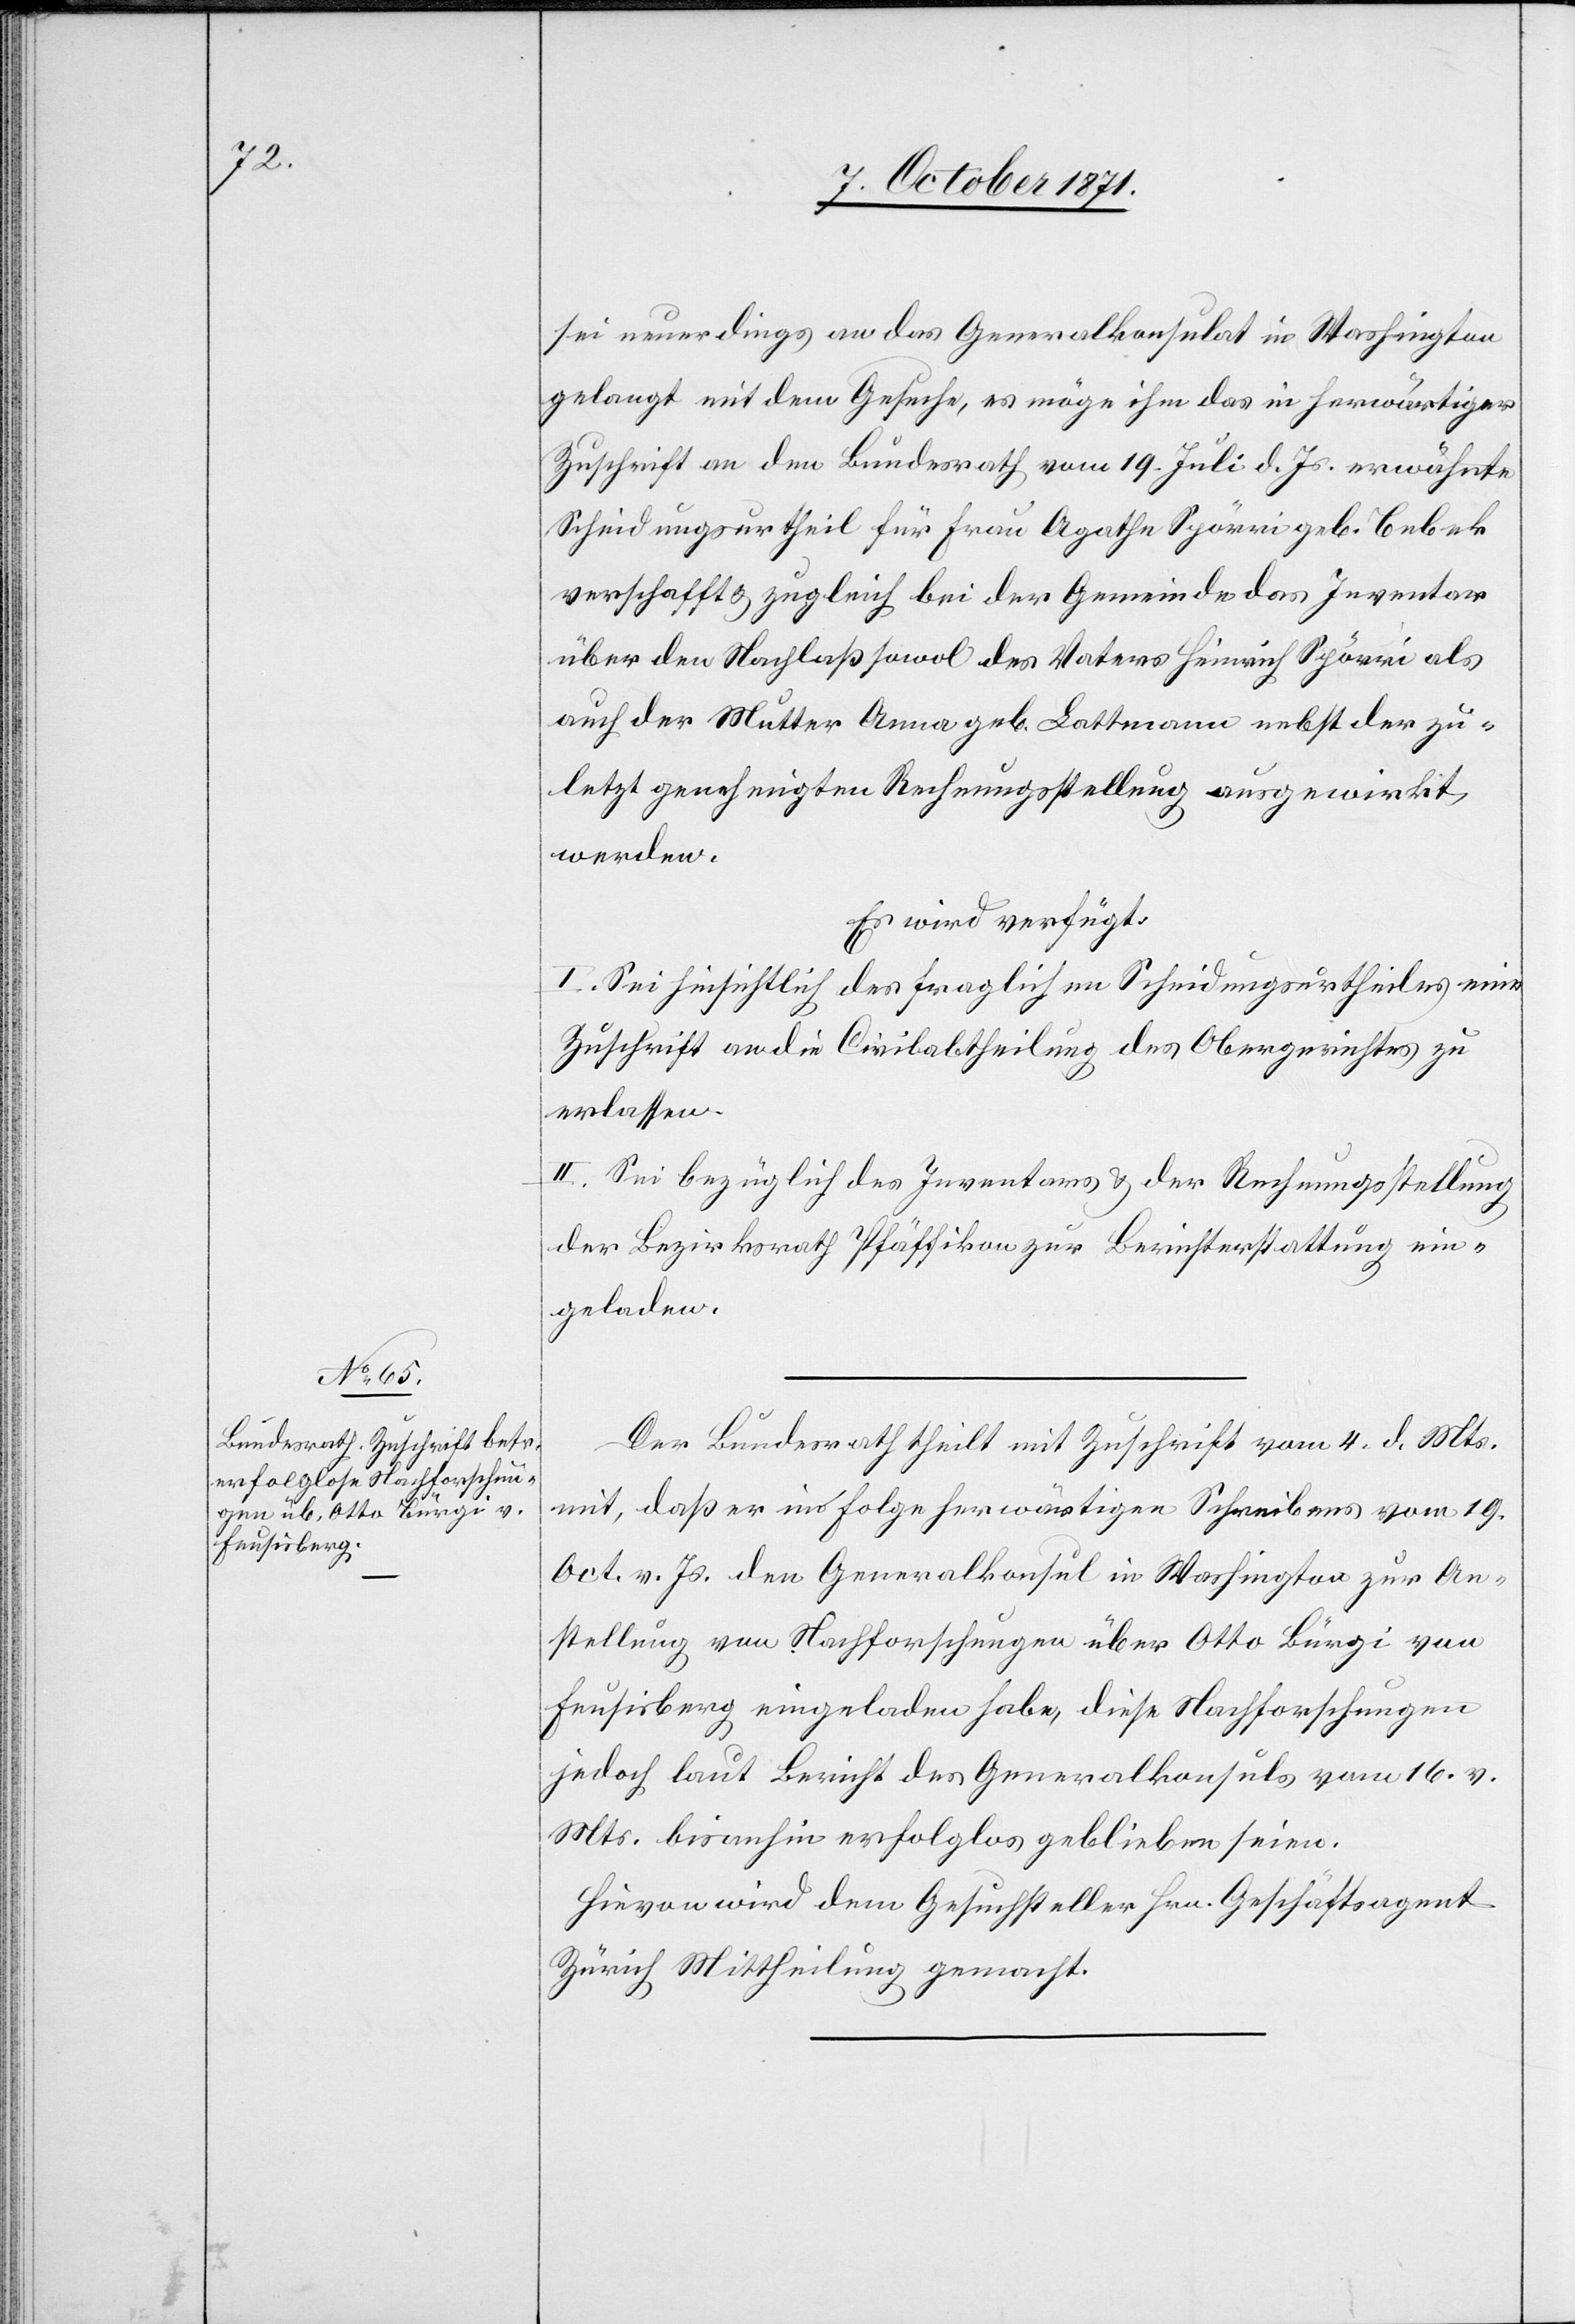
9. October 1871.]
sei neuerdings an das Generalkonsulat in Washington
gelangt mit dem Gesuche, es möge ihm das in herwärtiger
Zuschrift an den Bundesrath vom 19. Juli d. Js. erwähnte
Scheidungsurtheil für Frau Agathe Spörri geb. Bebek
verschafft & zugleich bei der Gemeinde das Inventar
über den Nachlaß sowol des Vaters Heinrich Spörri als
auch der Mutter Anna geb. Lattmann nebst der zu¬
letzt genehmigten Rechnungsstellung ausgewirkt
werden.
Es wird verfügt:
I. Sei hinsichtlich des fraglichen Scheidungsurtheiles eine
Zuschrift an die Civilabtheilung des Obergerichtes zu
erlassen.
II. Sei bezüglich des Inventars & der Rechnungsstellung
der Bezirksrath Pfäffikon zur Berichterstattung ein¬
geladen.
Der Bundesrath theilt mit Zuschrift vom 4. d. Mts.
mit, daß er in Folge herwärtigen Schreibens vom 19.
Oct. v. Js. den Generalkonsul in Washington zur An¬
stellung von Nachforschungen über Otto Bürgi von
Feusisberg eingeladen habe, diese Nachforschungen
jedoch laut Bericht des Generalkonsuls vom 16. v.
Mts. bis anhin erfolglos geblieben seien.
Hievon wird dem Gesuchsteller Hrn. Geschäftsagent
Zürich Mittheilung gemacht.